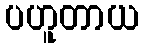
ပဟူတာယ